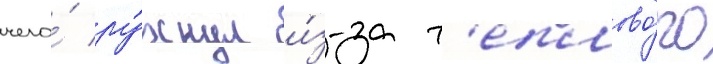
чего́ ру́хнул и́з-за т'еплово́го